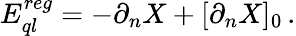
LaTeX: E_{ql}^{reg}=-\partial_{n}X+[\partial_{n}X]_{0}\, .